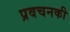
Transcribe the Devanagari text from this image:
प्रवचनकी